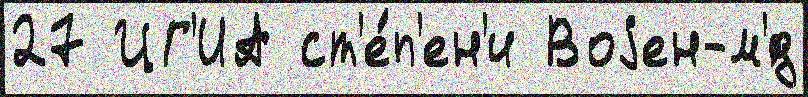
27 ЦГ'ИА ст'е́п'ен'и Воjен-м'́д